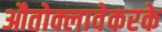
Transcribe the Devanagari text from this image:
औतोक्लावेकरके